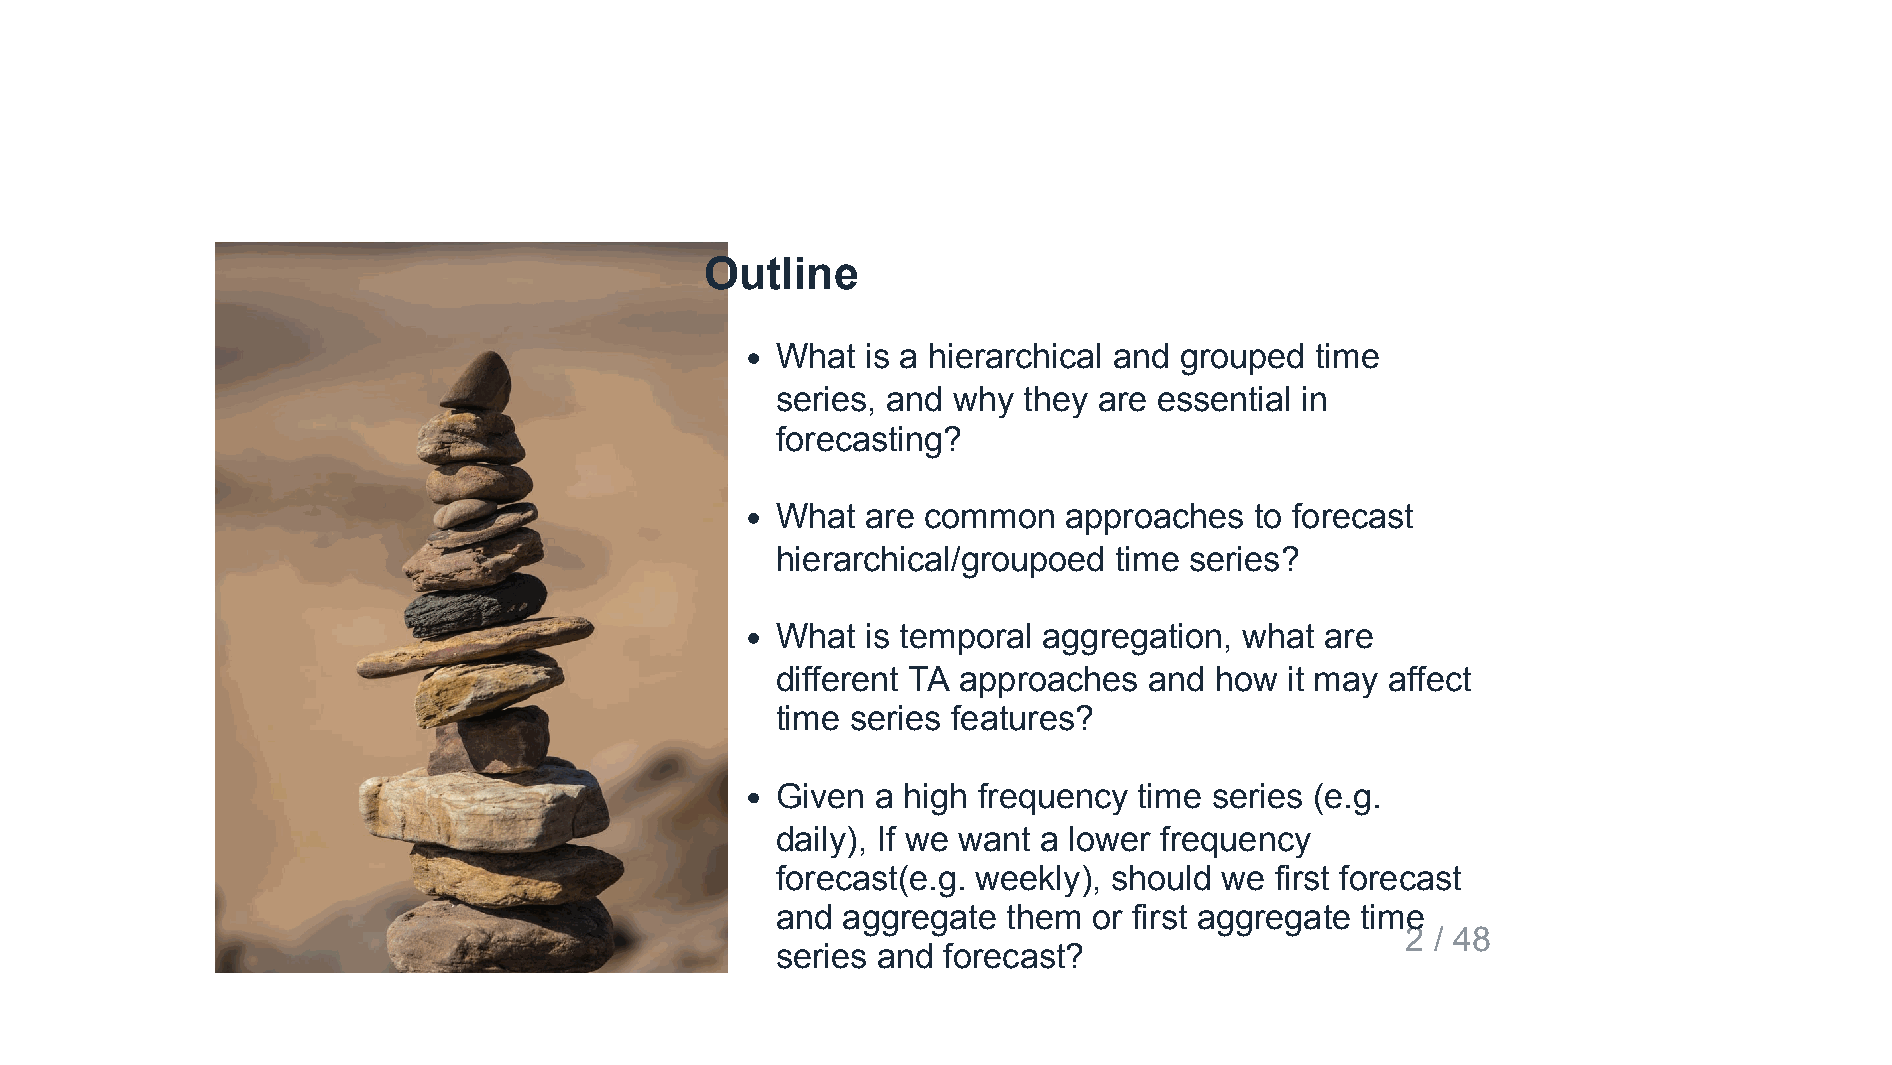
Outline
 What  is a hierarchical and grouped time
 series, and why  they are essential in
 forecasting?
 What  are common    approaches  to forecast
 hierarchical/groupoed  time series?
 What  is temporal aggregation, what  are
 different TA approaches  and how  it may affect
 time series features?
 Given  a high frequency time series (e.g.
 daily), If we want a lower frequency
 forecast(e.g. weekly), should we first forecast
 and  aggregate  them or first aggregate time
 2 / 48
 series and forecast?